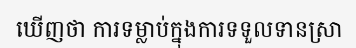
ឃើញថា ការទម្លាប់ក្នុងការទទួលទានស្រា